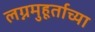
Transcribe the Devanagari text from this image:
लग्नमुहूर्ताच्या